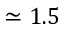
\simeq 1 . 5